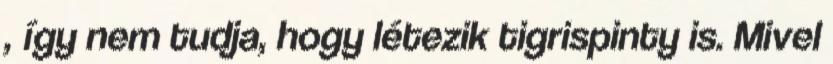
, így nem tudja, hogy létezik tigrispinty is. Mivel